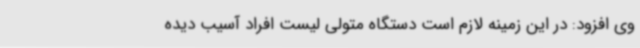
وی افزود: در این زمینه لازم است دستگاه متولی لیست افراد آسیب دیده